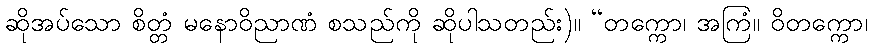
ဆိုအပ်သော စိတ္တံ မနောဝိညာဏံ စသည်ကို ဆိုပါသတည်း)။ “တက္ကော၊ အကြံ။ ဝိတက္ကော၊